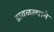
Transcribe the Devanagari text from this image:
डावळल्याने